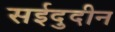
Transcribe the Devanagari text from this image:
सईदुदीन